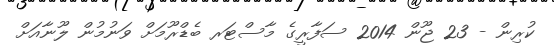
ކުރިން - 23 ޖޫން 2014 ސަފާރީގެ މާސްޓަރ ބެޑްރޫމަށް ވަނުމުން ލޫނާއަށް